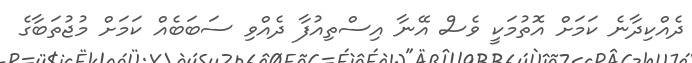
ދެއްކިދާނެ ކަމަށް އޮތުމަކީ ވެސް އޭނާ އިސްތިއުފާ ދެއްވި ސަބަބެއް ކަމަށް މުޖުތަބާގެ